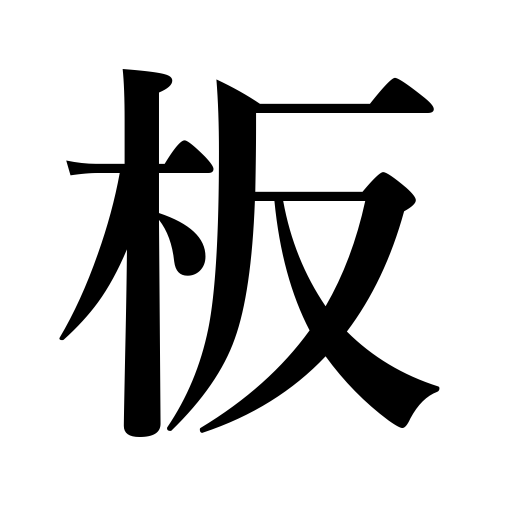
Meanings: planking,plank,the stage,board,sheet,plate